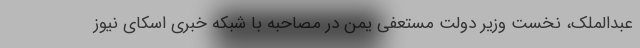
عبدالملک، نخست وزیر دولت مستعفی یمن در مصاحبه با شبکه خبری اسکای نیوز